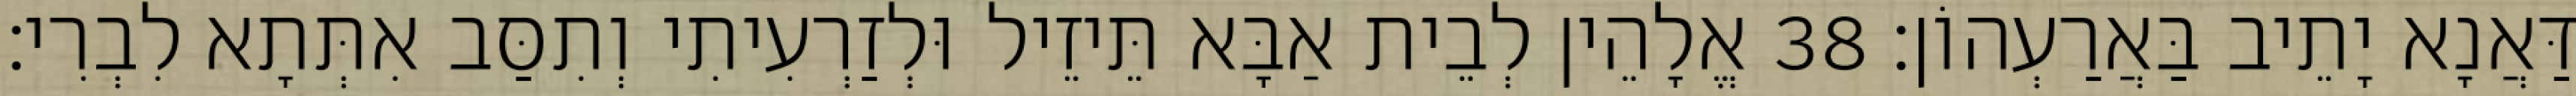
דַּאֲנָא יָתֵיב בַּאֲרַעְהוֹן׃ 38 אֱלָהֵין לְבֵית אַבָּא תֵּיזֵיל וּלְזַרְעִיתִי וְתִסַּב אִתְּתָא לִבְרִי׃